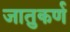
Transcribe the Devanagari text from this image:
जातुकर्ण